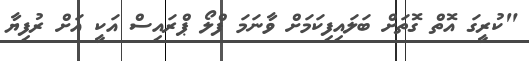
"ކުރީގަ އޮތް ގޮތަށް ބަލައިފިކަމަށް ވާނަމަ ފްލޯ ޕްރައިސް އަކީ އަށް ރުފިޔާ